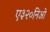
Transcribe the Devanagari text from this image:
ए३२०निओ